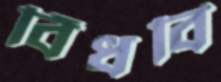
বিঁধবি